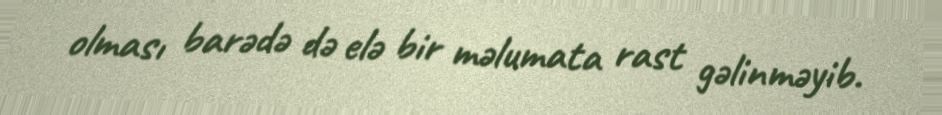
olması barədə də elə bir məlumata rast gəlinməyib.